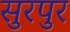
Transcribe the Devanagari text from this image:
सुरपुर